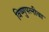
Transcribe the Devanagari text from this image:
विष्णुपत्नीचा